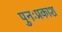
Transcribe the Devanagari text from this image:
पुनःप्रकाश